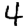
Digit: 4